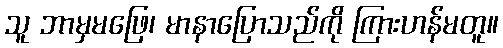
သူ ဘာမှမဖြေ၊ မာနာပြောသည်ကို ကြားဟန်မတူ။